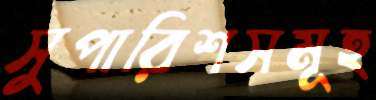
সুপারিশসমূহ